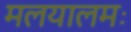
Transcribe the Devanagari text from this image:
मलयालमः